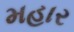
મહાર